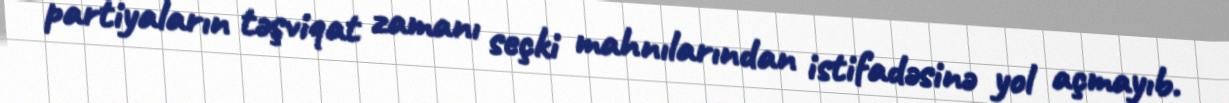
partiyaların təşviqat zamanı seçki mahnılarından istifadəsinə yol açmayıb.